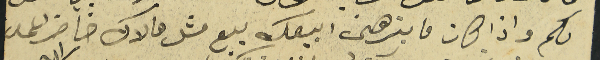
لكم واذا كان ما بترهنى ابيعك بيع مثل ما لاك خاضر اعمل